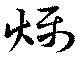
燥